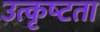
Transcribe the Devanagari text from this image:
उत्कृष्‍टता